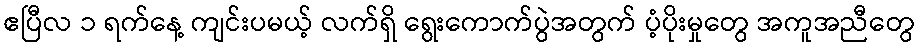
ဧပြီလ ၁ ရက်နေ့ ကျင်းပမယ့် လက်ရှိ ရွေးကောက်ပွဲအတွက် ပံ့ပိုးမှုတွေ အကူအညီတွေ